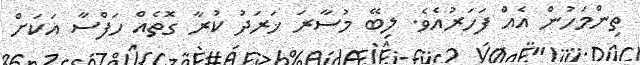
ތިންމަހުން އެއް ފަހަރުއެވެ. ލިބޭ މުސާރަ ޚަރަދު ކުރާ ގޮތެއް ހަފްސާ އަކަށް